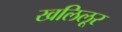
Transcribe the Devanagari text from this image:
खलिलूर